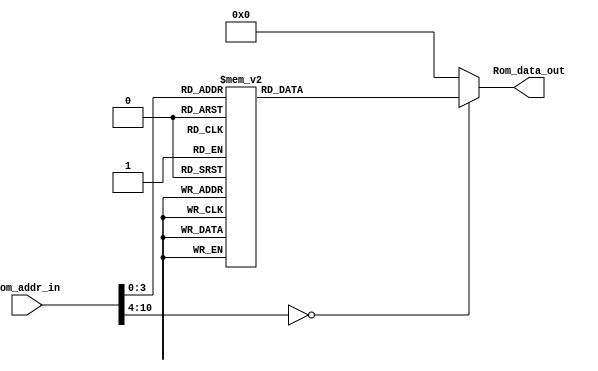
module Program_Rom(Rom_data_out, Rom_addr_in);

//---------
    output [13:0] Rom_data_out;
    input [10:0] Rom_addr_in; 
//---------
    
    reg   [13:0] data;
    wire  [13:0] Rom_data_out;
    
    always @(Rom_addr_in)
        begin
            case (Rom_addr_in)
                10'h0 : data = 14'h01A5;
                10'h1 : data = 14'h0103;
                10'h2 : data = 14'h3028;
                10'h3 : data = 14'h00A5;
                10'h4 : data = 14'h37A5;
                10'h5 : data = 14'h0D25;
                10'h6 : data = 14'h36A5;
                10'h7 : data = 14'h3525;
                10'h8 : data = 14'h0CA5;
                10'h9 : data = 14'h0E25;
                10'ha : data = 14'h280A;
                10'hb : data = 14'h3400;
                10'hc : data = 14'h3400;
                default: data = 14'h0;   
            endcase
        end

     assign Rom_data_out = data;

endmodule